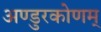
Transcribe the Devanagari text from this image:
अण्डुरकोणम्